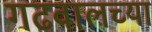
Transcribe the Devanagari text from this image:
गढवालच्या